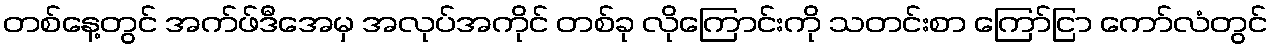
တစ်နေ့တွင် အက်ဖ်ဒီအေမှ အလုပ်အကိုင် တစ်ခု လိုကြောင်းကို သတင်းစာ ကြော်ငြာ ကော်လံတွင်